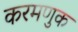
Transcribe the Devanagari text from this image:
करमणुक